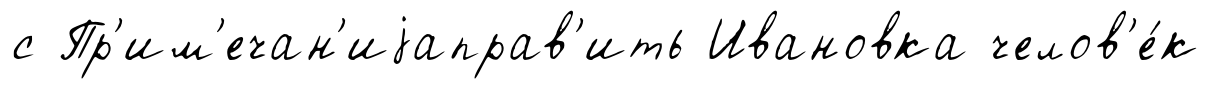
с Пр'им'ечан'иjаправ'ить Ивановка челов'е́к